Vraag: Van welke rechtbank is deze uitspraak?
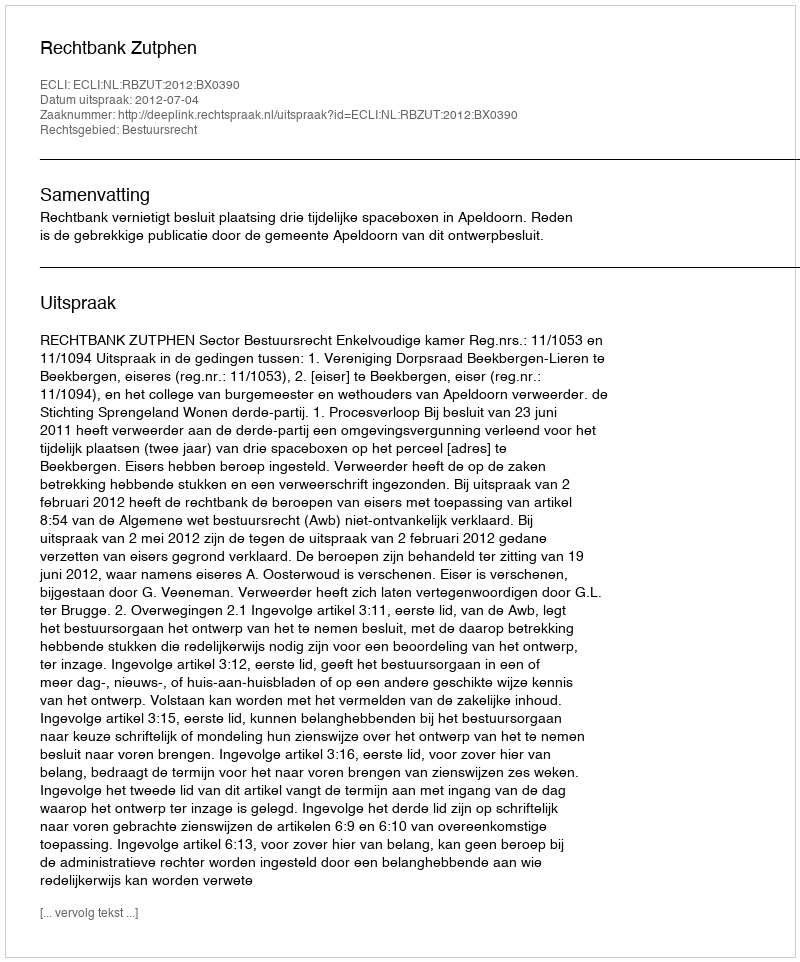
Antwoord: Rechtbank Zutphen